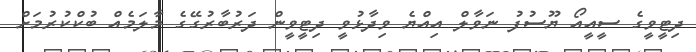
ދިޓީވީގެ ސީއީއޯ ޔޫސުފު ނަވާލް އިއްޔެ ވިދާޅުވީ ދިޓީވީން ދަރުބާރުގޭގެ މާލަމެއް ބުކްކުރުމަށް